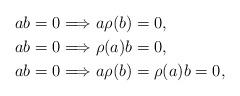
LaTeX: \begin{align*}& ab = 0 \Longrightarrow a \rho ( b) = 0 ,\\& ab = 0 \Longrightarrow \rho ( a)b = 0 , \\& ab = 0 \Longrightarrow a \rho ( b) =\rho ( a)b = 0 ,\end{align*}